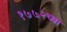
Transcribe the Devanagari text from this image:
१७७२च्या